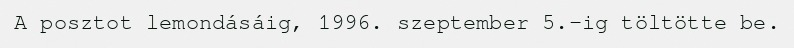
A posztot lemondásáig, 1996. szeptember 5.-ig töltötte be.